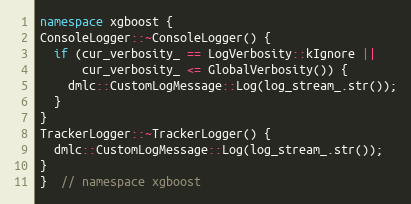
Language: C++
namespace xgboost {
ConsoleLogger::~ConsoleLogger() {
  if (cur_verbosity_ == LogVerbosity::kIgnore ||
      cur_verbosity_ <= GlobalVerbosity()) {
    dmlc::CustomLogMessage::Log(log_stream_.str());
  }
}
TrackerLogger::~TrackerLogger() {
  dmlc::CustomLogMessage::Log(log_stream_.str());
}
}  // namespace xgboost